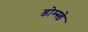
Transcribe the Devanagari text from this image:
डोम्स्डे